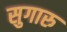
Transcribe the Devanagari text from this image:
सुगारु